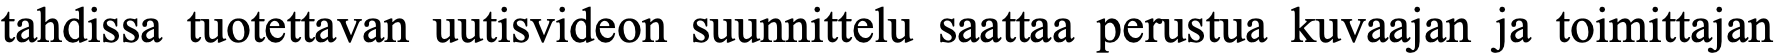
tahdissa tuotettavan uutisvideon suunnittelu saattaa perustua kuvaajan ja toimittajan